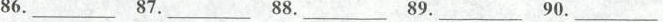
86.__ 87.__ 88.__ 89.__ 90.__